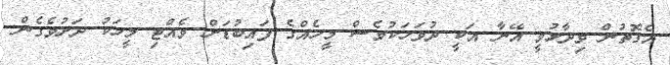
އެގޮތުން ވިދާޅުވީ އޭނާ އަކީ ދުވަހަކުވެސް މީހެއްގެ ފައިބުޑަށް ވެއްޓި މީހަކު ދަށުވެގެން